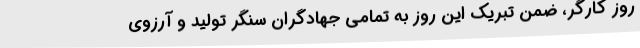
روز کارگر، ضمن تبریک این روز به تمامی جهادگران سنگر تولید و آرزوی